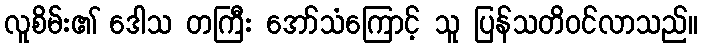
လူစိမ်း၏ ဒေါသ တကြီး အော်သံကြောင့် သူ ပြန်သတိဝင်လာသည်။